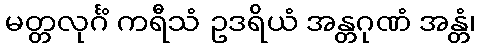
မတ္တလုင်္ဂံ ကရီသံ ဥဒရိယံ အန္တဂုဏံ အန္တံ၊